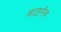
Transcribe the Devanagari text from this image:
वाटानेब